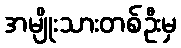
အမျိုးသားတစ်ဦးမှ